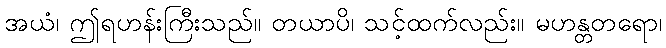
အယံ၊ ဤရဟန်းကြီးသည်။ တယာပိ၊ သင့်ထက်လည်း။ မဟန္တတရော၊